Civil Veterinary Dept. Assam report 1927-50 - 1927-1950
Year: 1927
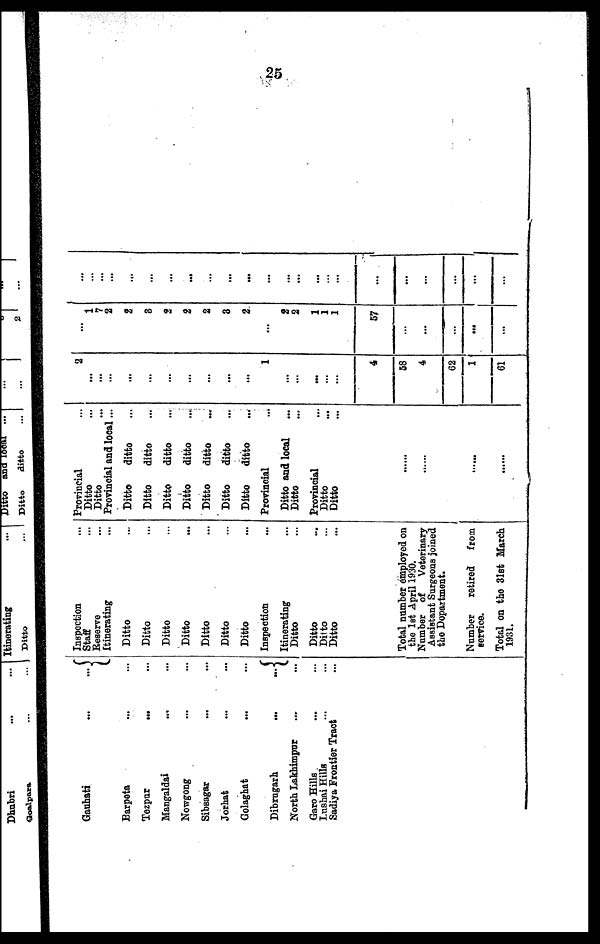
25
Gauhati
...
...
Barpeta ... ...
Tezpur
... ...
Mangaldai ... ...
Nowgong ... ...
Sibsagar ... ...
Jorhat ... ...
Golaghat ... ...
Dibrugarh
...
...
North Lakhimpur ... ...
Garo Hills ... ...
Lushai Hills ... ...
Sadiya Frontier Tract ...
Inspection ...
Staff ...
Reserve ...
Itinerating ...
Ditto ...
Ditto ...
Ditto ...
Ditto ...
Ditto ...
Ditto ...
Ditto ...
Inspection ...
Itinerating ...
Ditto ...
Ditto ...
Ditto ...
Ditto ...
Total number employed on
the let April 1930.
Number of Veterinary
Assistant Surgeons joined
the Department.
Number retired from
service.
Total on the 31st March
1931.
Provincial ...
Ditto ...
Ditto ...
Provincial and local ...
Ditto
ditto ...
Ditto
ditto ...
Ditto
ditto ...
Ditto
ditto ...
Ditto
ditto ...
Ditto
ditto ...
Ditto
ditto ...
Provincial ...
Ditto and local ...
Ditto ...
Provincial ...
Ditto ...
Ditto ...
......
......
......
......
2
...
...
...
...
...
...
...
...
...
...
1
...
...
...
...
...
4
58
4
62
1
61
...
1
7
2
2
8
2
2
2
3
2
...
2
2
1
1
1
57
...
...
...
...
...
...
...
...
...
...
...
...
...
...
...
...
...
...
...
...
...
...
...
...
...
...
...
...